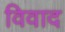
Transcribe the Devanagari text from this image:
विवाद